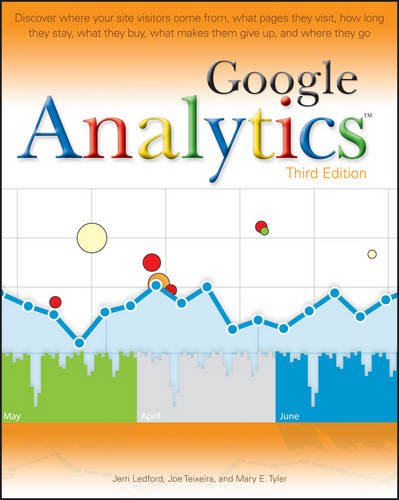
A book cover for Google Analytics, 3rd Edition; Jerri L. Ledford; Computers & Technology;